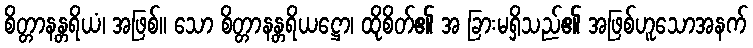
စိတ္တာနန္တရိယံ၊ အဖြစ်။ သော စိတ္တာနန္တရိယဋ္ဌော၊ ထိုစိတ်၏ အ ခြားမရှိသည်၏ အဖြစ်ဟူသောအနက်